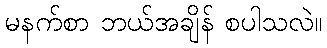
မနက်စာ ဘယ်အချိန် စပါသလဲ။